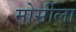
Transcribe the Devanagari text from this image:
मोर्सीला